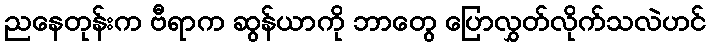
ညနေတုန်းက ဗီရာက ဆွန်ယာကို ဘာတွေ ပြောလွှတ်လိုက်သလဲဟင်